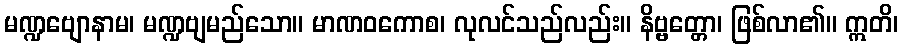
မဏ္ဍဗျောနာမ၊ မဏ္ဍဗျမည်သော။ မာဏဝကောစ၊ လုလင်သည်လည်း။ နိဗ္ဗတ္တော၊ ဖြစ်လာ၏။ ဣတိ၊